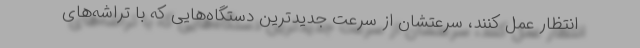
انتظار عمل کنند، سرعتشان از سرعت جدیدترین دستگاه‌هایی که با تراشه‌های